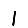
Digit: 1